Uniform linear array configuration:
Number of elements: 8
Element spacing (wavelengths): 0.25
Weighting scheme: blackman
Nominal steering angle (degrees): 45
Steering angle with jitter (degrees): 43.112
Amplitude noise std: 0.05
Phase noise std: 0.05

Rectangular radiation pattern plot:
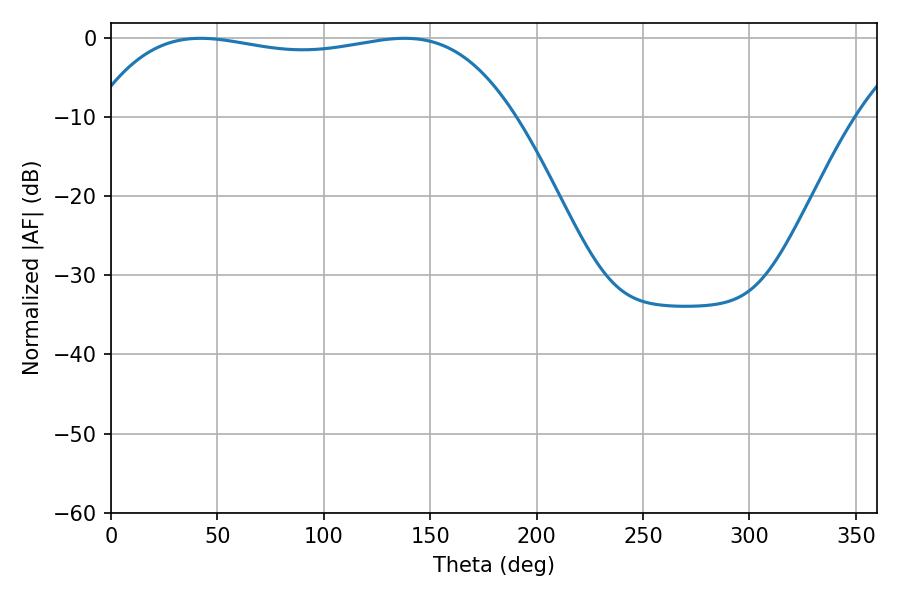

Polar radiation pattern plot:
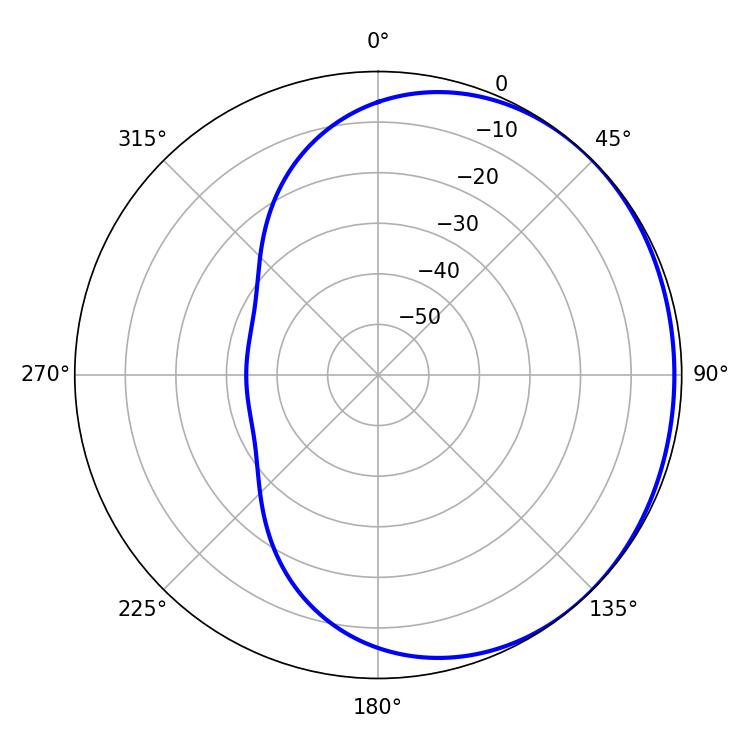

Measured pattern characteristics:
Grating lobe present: FALSE
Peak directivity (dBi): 0.8232
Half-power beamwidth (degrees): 157.68
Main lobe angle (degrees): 42.12